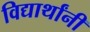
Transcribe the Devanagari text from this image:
विद्यार्थांनी